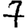
Digit: 7